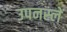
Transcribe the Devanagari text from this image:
उपनस्लें